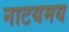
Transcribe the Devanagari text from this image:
नाटयमय